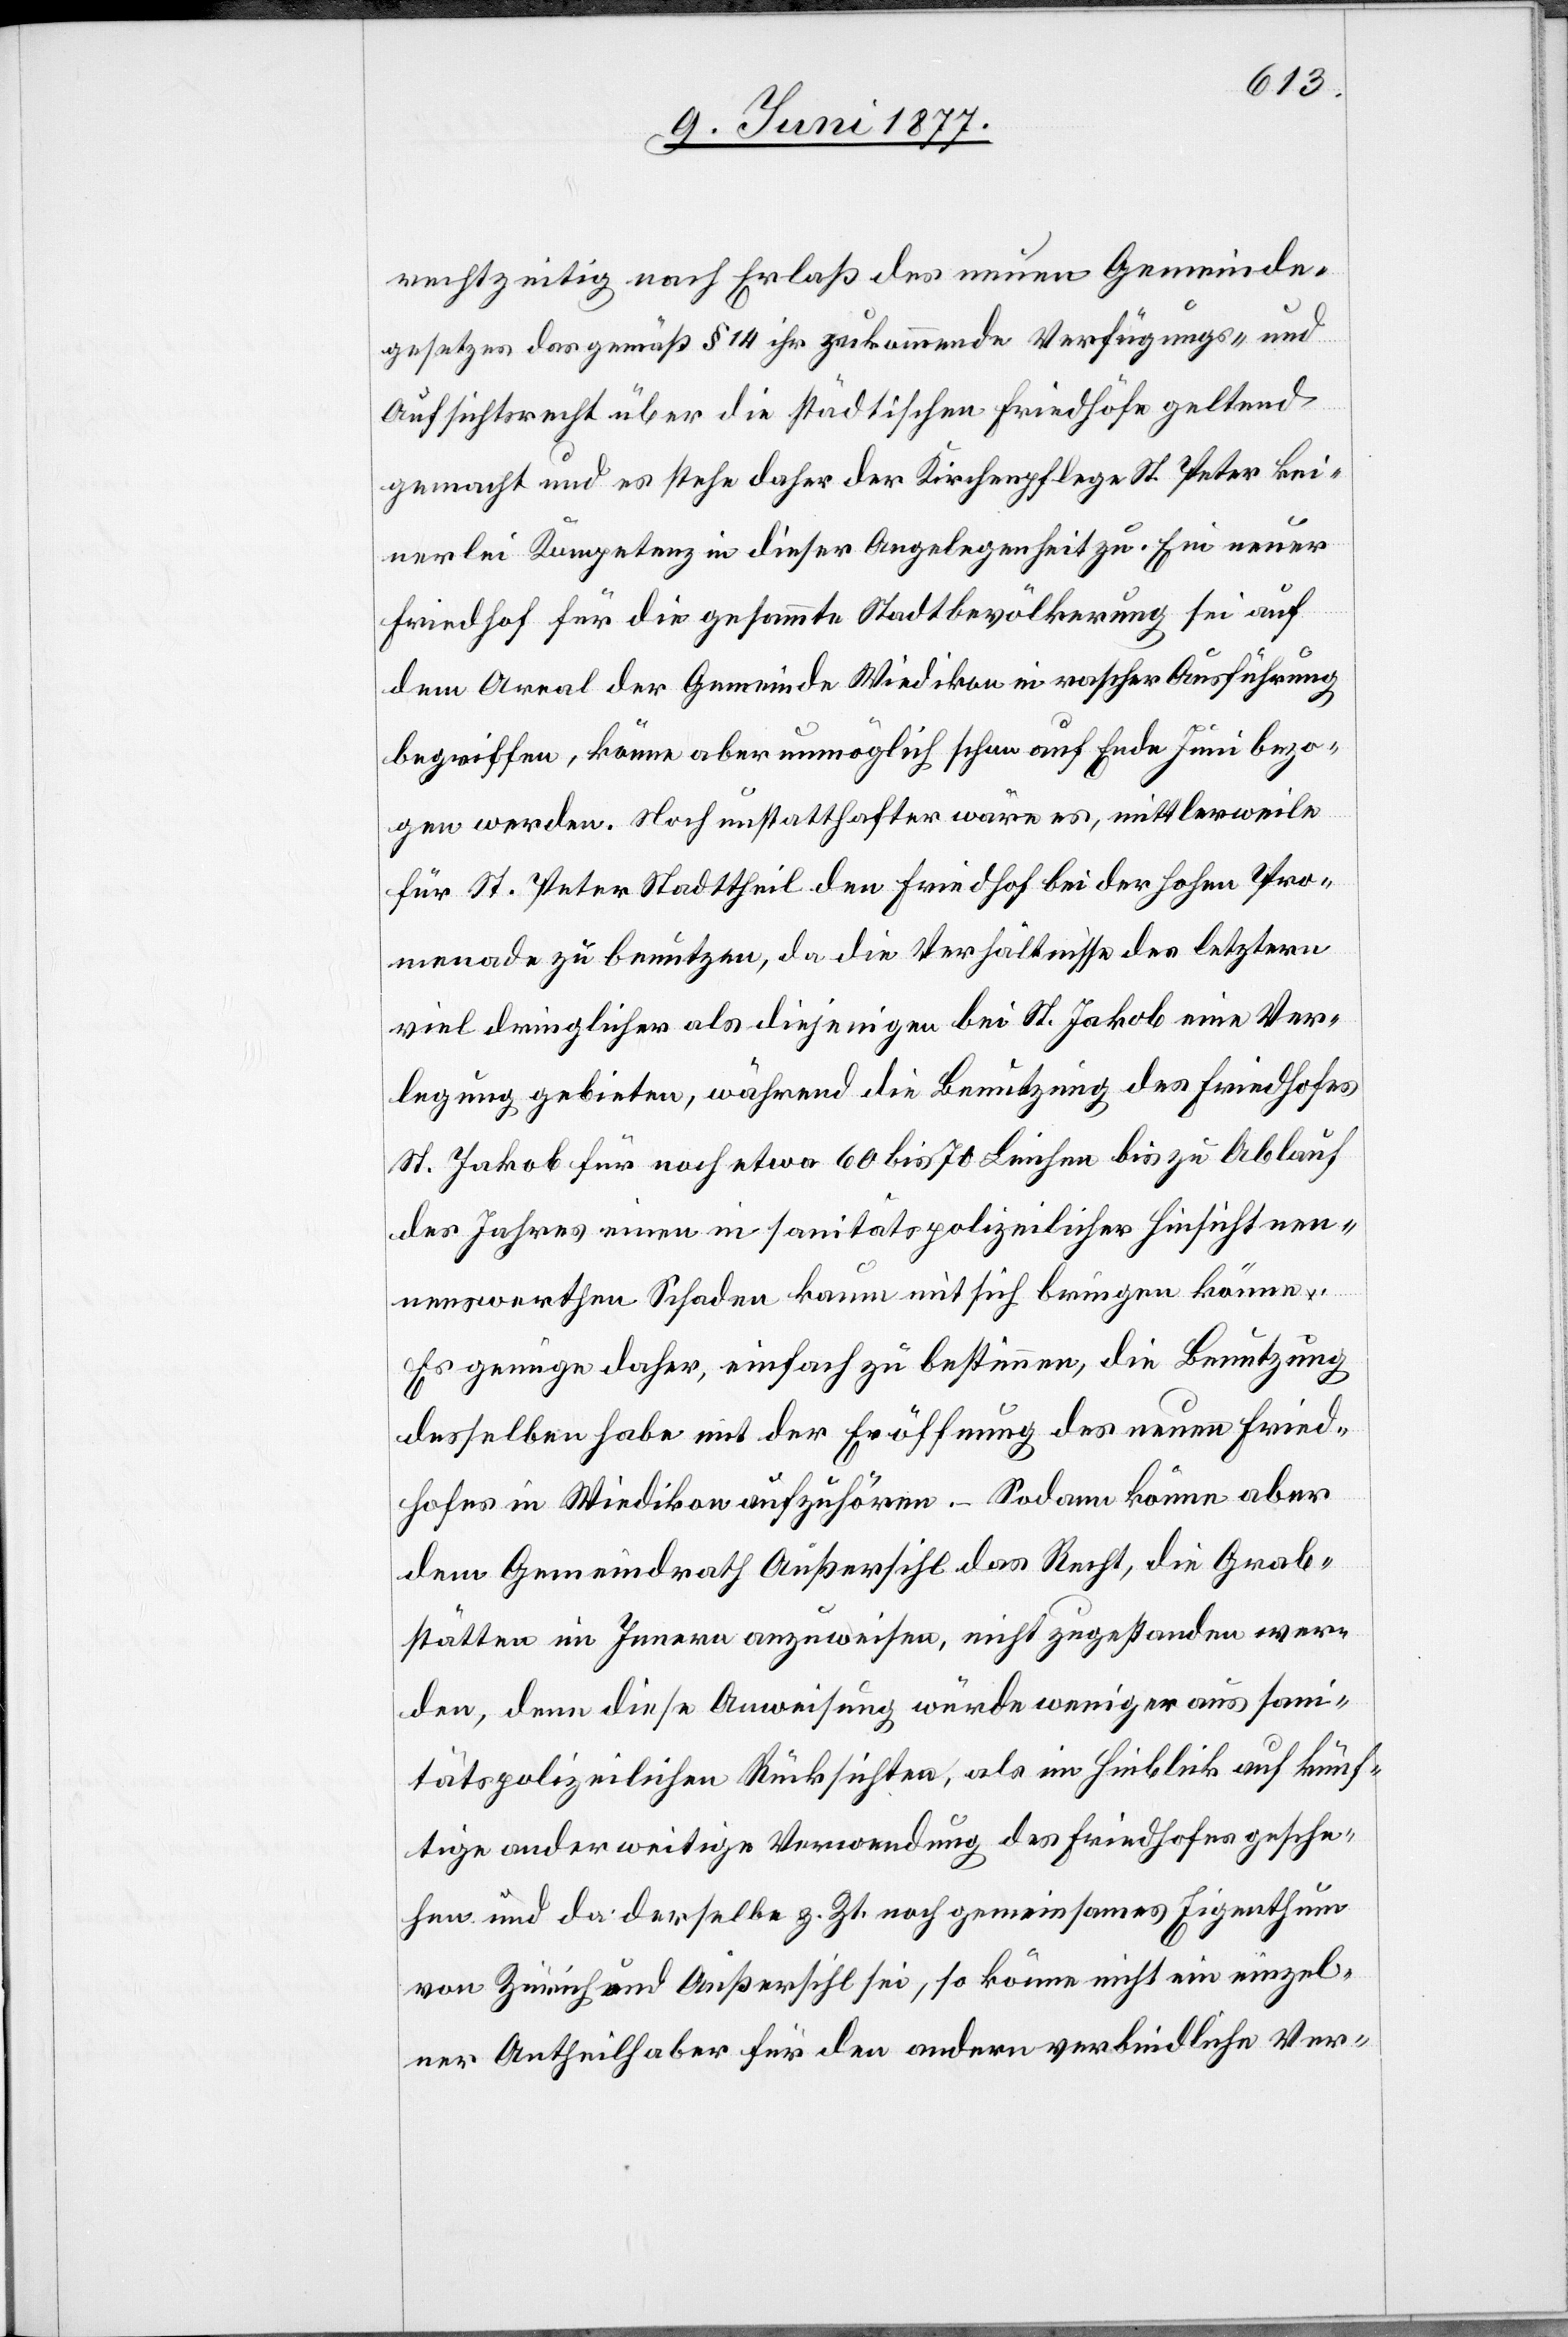
rechtzeitig nach Erlaß des neuen Gemeinde¬
gesetzes das gemäß § 14 ihr zukommende Verfügungs- und
Aufsichtsrecht über die städtischen Friedhöfe geltend
gemacht und es stehe daher der Kirchenpflege St. Peter kei¬
nerlei Kompetenz in dieser Angelegenheit zu. Ein neuer
Friedhof für die gesammte Stadtbevölkerung sei auf
dem Areal der Gemeinde Wiedikon in rascher Ausführung
begriffen, könne aber unmöglich schon auf Ende Juni bezo¬
gen werden. Noch unstatthafter wäre es, mittlerweile
für St. Peter Stadttheil den Friedhof bei der hohen Pro¬
menade zu benutzen, da die Verhältnisse des letztern
viel dringlicher als diejenigen bei St. Jakob eine Ver¬
legung gebieten, während die Benutzung des Friedhofes
St. Jakob für noch etwas 60 bis 70 Leichen bis zu Ablauf
des Jahres einen in sanitätspolizeilicher Hinsicht nen¬
nenswerthen Schaden kaum mit sich bringen könne.
Es genüge daher, einfach zu bestimmen, die Benutzung
desselben habe mit der Eröffnung des neuen Fried¬
hofes in Wiedikon aufzuhören. – Sodann könne aber
dem Gemeindrath Außersihl das Recht, die Grab¬
stätten im Innern anzuweisen nicht zugestanden wer¬
den, denn diese Anweisung würde weniger aus san¬
itätspolizeilichen Rücksichten, als im Hinblick auf künf¬
tige anderweitige Verwendung des Friedhofes gesche¬
hen und da derselbe z. Zt. noch gemeinsames Eigenthum
von Zürich und Außersihl sei, so könne nicht ein einzel¬
ner Antheilhaber für den andern verbindliche Ver-